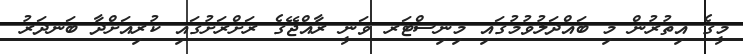
މީގެ އިތުރުން މި ބައްދަލުވުމުގައި މިނިސްޓަރ ވަނީ ރާއްޖޭގެ ރަށްރަށުގައި ކުރިއަށްދާ ބަނދަރު